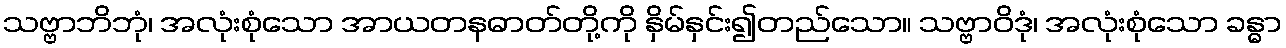
သဗ္ဗာဘိဘုံ၊ အလုံးစုံသော အာယတနဓာတ်တို့ကို နှိမ်နှင်း၍တည်သော။ သဗ္ဗာဝိဒုံ၊ အလုံးစုံသော ခန္ဓာ